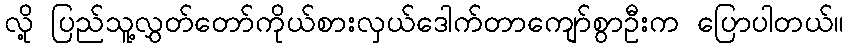
လို့ ပြည်သူ့လွှတ်တော်ကိုယ်စားလှယ်ဒေါက်တာကျော်စွာဦးက ပြောပါတယ်။